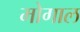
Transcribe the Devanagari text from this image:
मोगाल